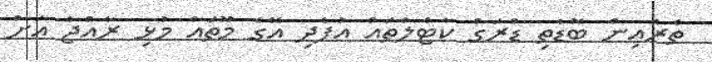
ތެރެއިން ބޮޑެތި ޑްރަގް ކާޓެލްތައް އުފެދި އޭގެ މޫތައް މުޅި ރާއްޖެ އަށް